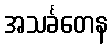
အသင်္ခတေန